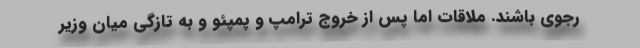
رجوی باشند. ملاقات اما پس از خروج ترامپ و پمپئو و به تازگی میان وزیر